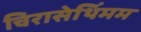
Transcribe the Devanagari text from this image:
चिरासेथिंमम